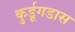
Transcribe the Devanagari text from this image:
कुर्डूगडास